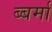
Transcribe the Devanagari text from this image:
ब्बर्मा